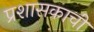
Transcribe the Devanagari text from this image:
प्रशासकाची